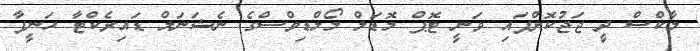
މާކްސް ދީ ޖަޖުކޮށްފައި ވަނީ ޓޮޕް މޮޑަލް މޯލްޑިވްސްގެ ނެޝަނަލް ޑައިރެކްޓާ ހަނީފާ